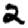
Digit: 2